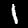
Digit: 1